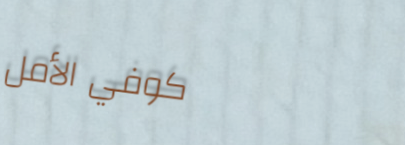
كوفي الأمل